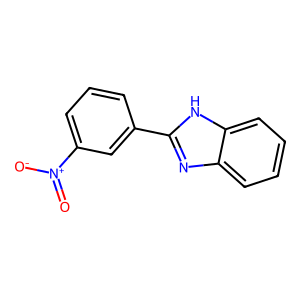
SMILES: O=[N+]([O-])c1cccc(-c2nc3ccccc3[nH]2)c1
Inhibits HIV replication: No